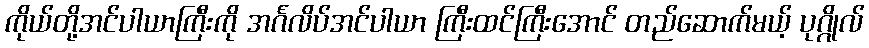
ကိုယ်တို့အင်ပါယာကြီးကို အင်္ဂလိပ်အင်ပါယာ ကြီးထင်ကြီးအောင် တည်ဆောက်မယ့် ပုဂ္ဂိုလ်